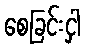
စေခြင်းငှါ